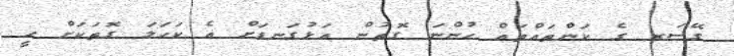
ގޭސަރ ގެ ކަންތައްތައް ހުންނަ ގޮތުން އަޅުގަނޑަށް އެ ކަހަލަ ގޮތަކަށް ހީ